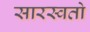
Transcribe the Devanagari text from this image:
सारस्वतो